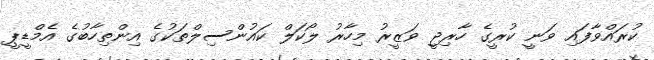
ކުރައްވާފައި ވަނީ ކުރީގެ ހާރިޖީ ވަޒީރު މިހާރު ލޯކަލް ކައުންސިލްތަކުގެ އިންތިހާބުގެ އެމްޑީޕީ